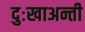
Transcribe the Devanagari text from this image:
दुःखाअन्ती